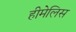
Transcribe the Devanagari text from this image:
हीमेलिस